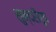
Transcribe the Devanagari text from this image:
सुन्दरीरूप